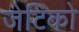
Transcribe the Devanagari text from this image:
जेटिको